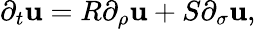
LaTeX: \partial_{t}\mathbf{u}=R\partial_{\rho}\mathbf{u}+S\partial_{\sigma}\mathbf{u},